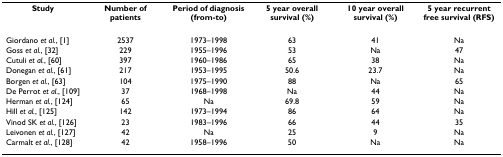
<table><thead><tr><td><b>Study</b></td><td><b>Number of patients</b></td><td><b>Period of diagnosis (from-to)</b></td><td><b>5 year overall survival (%)</b></td><td><b>10 year overall survival (%)</b></td><td><b>5 year recurrent free survival (RFS)</b></td></tr></thead><tbody><tr><td>Giordano <i>et al.</i>, [1]</td><td>2537</td><td>1973–1998</td><td>63</td><td>41</td><td>Na</td></tr><tr><td>Goss <i>et al.</i>, [32]</td><td>229</td><td>1955–1996</td><td>53</td><td>Na</td><td>47</td></tr><tr><td>Cutuli <i>et al.</i>, [60]</td><td>397</td><td>1960–1986</td><td>65</td><td>38</td><td>Na</td></tr><tr><td>Donegan <i>et al.</i>, [61]</td><td>217</td><td>1953–1995</td><td>50.6</td><td>23.7</td><td>Na</td></tr><tr><td>Borgen <i>et al.</i>, [63]</td><td>104</td><td>1975–1990</td><td>88</td><td>Na</td><td>65</td></tr><tr><td>De Perrot <i>et al.</i>, [109]</td><td>37</td><td>1968–1998</td><td>Na</td><td>44</td><td>Na</td></tr><tr><td>Herman <i>et al.</i>, [124]</td><td>65</td><td>Na</td><td>69.8</td><td>59</td><td>Na</td></tr><tr><td>Hill <i>et al.</i>, [125]</td><td>142</td><td>1973–1994</td><td>86</td><td>64</td><td>Na</td></tr><tr><td>Vinod SK <i>et al.</i>, [126]</td><td>23</td><td>1983–1996</td><td>66</td><td>44</td><td>35</td></tr><tr><td>Leivonen <i>et al.</i>, [127]</td><td>42</td><td>Na</td><td>25</td><td>9</td><td>Na</td></tr><tr><td>Carmalt <i>et al.</i>, [128]</td><td>42</td><td>1958–1996</td><td>50</td><td>Na</td><td>Na</td></tr></tbody></table>